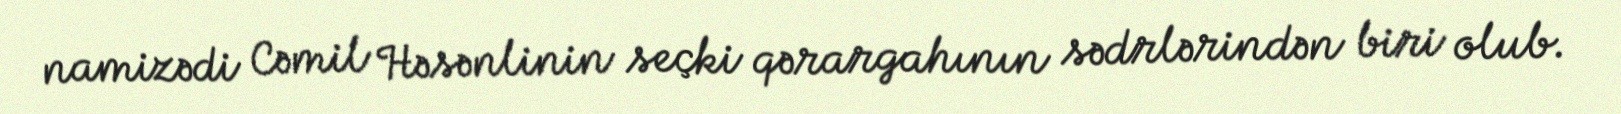
namizədi Cəmil Həsənlinin seçki qərargahının sədrlərindən biri olub.